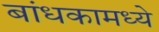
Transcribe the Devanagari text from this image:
बांधकामध्ये